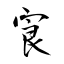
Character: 㝗